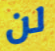
لن